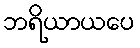
ဘရိယာယပေ